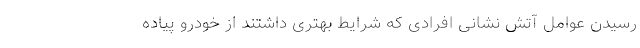
رسیدن عوامل آتش نشانی افرادی که شرایط بهتری داشتند از خودرو پیاده